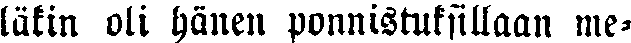
läkin oli hänen ponnistuksillaan me-